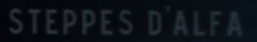
STEPPESD'ALFA